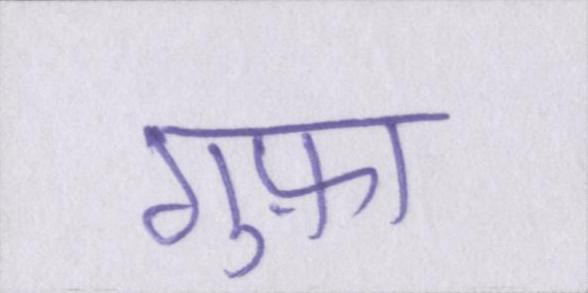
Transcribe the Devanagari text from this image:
गुफ़ा